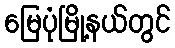
မြေပုံမြို့နယ်တွင်